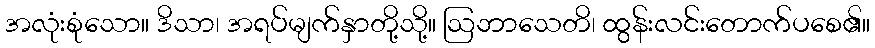
အလုံးစုံသော။ ဒိသာ၊ အရပ်မျက်နှာတို့သို့။ ဩဘာသေတိ၊ ထွန်းလင်းတောက်ပစေ၏။